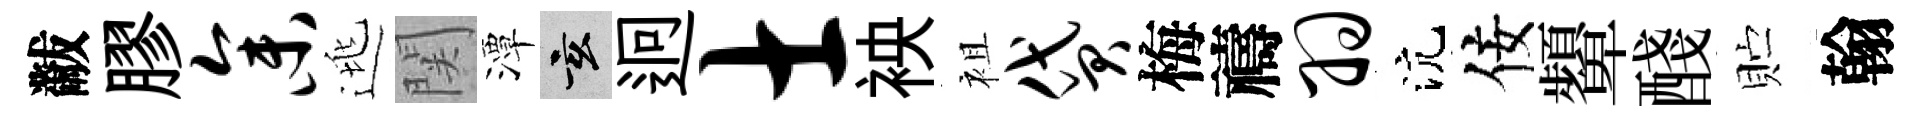
黻膠参逃関潭玄迥士䘧袓贷梅禱羽沆佞顰醆贮翰